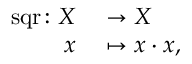
\begin{array} { r l } { \operatorname { s q r } \colon X } & { { } \to X } \\ { x } & { { } \mapsto x \cdot x , } \end{array}